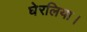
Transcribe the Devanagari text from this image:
घेरलिया।